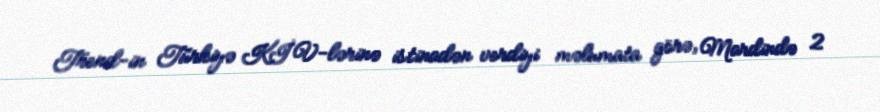
Trend-in Türkiyə KİV-lərinə istinadən verdiyi məlumata görə, Mardində 2